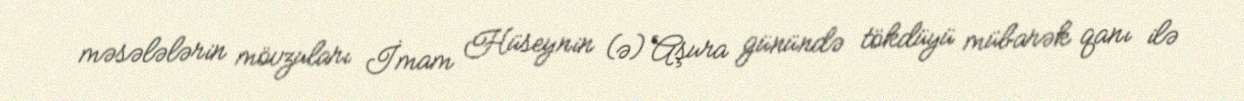
məsələlərin mövzuları İmam Hüseynin (ə) Aşura günündə tökdüyü mübarək qanı ilə